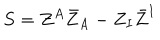
S = Z ^ { A } \bar { Z } _ { A } - Z _ { I } \bar { Z } ^ { I }